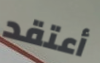
أعتقد